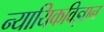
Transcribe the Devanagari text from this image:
न्यायिकविज्ञान